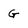
Character: G